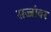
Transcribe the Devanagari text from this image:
सज्जांवर